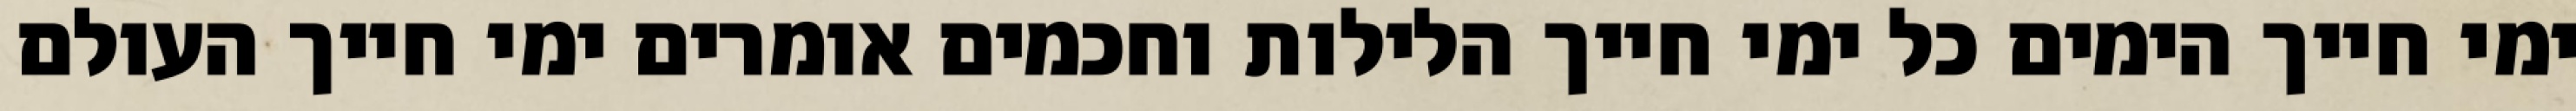
ימי חייך הימים כל ימי חייך הלילות וחכמים אומרים ימי חייך העולם